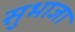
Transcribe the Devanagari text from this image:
सुभाजा